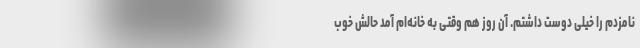
نامزدم را خیلی دوست داشتم. آن روز هم وقتی به خانه‌ام آمد حالش خوب